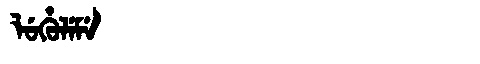
Manchu: ᠯᡠᡥᡠᠯᡝᠮᡝ
Romanization: LUHULEME